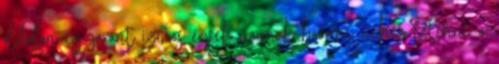
oldalon egyaránt izmos érvek vannak baromi nehéz letenni a